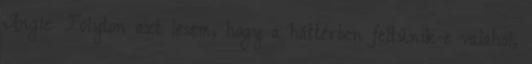
Angie: Folyton azt lesem, hogy a háttérben feltűnik-e valahol,